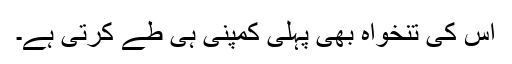
اس کی تنخواہ بھی پہلی کمپنی ہی طے کرتی ہے۔